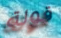
قولة